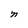
Character: n